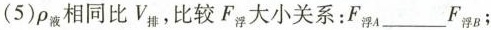
(5)\rho_{液}相同比V_{排}，比较F_{浮}大小关系：F_{浮A}___F_{浮B}；